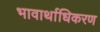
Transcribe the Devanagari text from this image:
भावार्थाधिकरण